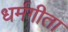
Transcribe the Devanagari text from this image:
धर्मगीता